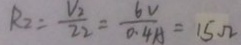
R _ { 2 } = \frac { V _ { 2 } } { Z _ { 2 } } = \frac { 6 V } { 0 . 4 A } = 1 5 \Omega